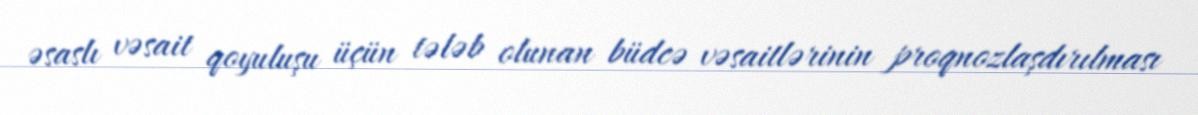
əsaslı vəsait qoyuluşu üçün tələb olunan büdcə vəsaitlərinin proqnozlaşdırılması